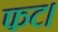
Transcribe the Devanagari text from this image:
फट।